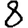
Digit: 8